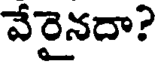
వేరైనదా?